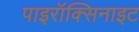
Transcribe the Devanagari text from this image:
पाइरॉक्सिनाइट